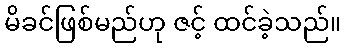
မိခင်ဖြစ်မည်ဟု ဇင့် ထင်ခဲ့သည်။